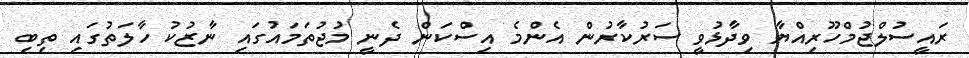
ރައީސުލްޖުމްހޫރިއްޔާ ވިދާޅުވީ ސަރުކާރުން އެންމެ އިސްކަން ދެނީ މުޖުތަމައުގައި ނާޒުކު ހާލަތުގައި ތިބި